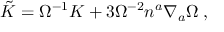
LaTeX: \tilde { K } = \Omega ^ { - 1 } K + 3 \Omega ^ { - 2 } n ^ { a } \nabla _ { a } \Omega \; ,